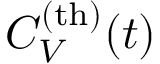
C _ { V } ^ { \mathrm { ( t h ) } } ( t )